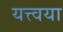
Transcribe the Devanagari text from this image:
यत्त्वया